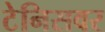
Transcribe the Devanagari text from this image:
टेनिसवर